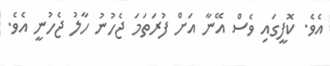
އެވެ. ކޮފީގައި ވެސް އޭނާ އަށް ފުރަތަމަ ޖެހުނު ހާލު ޖެހުނީ އެވެ.